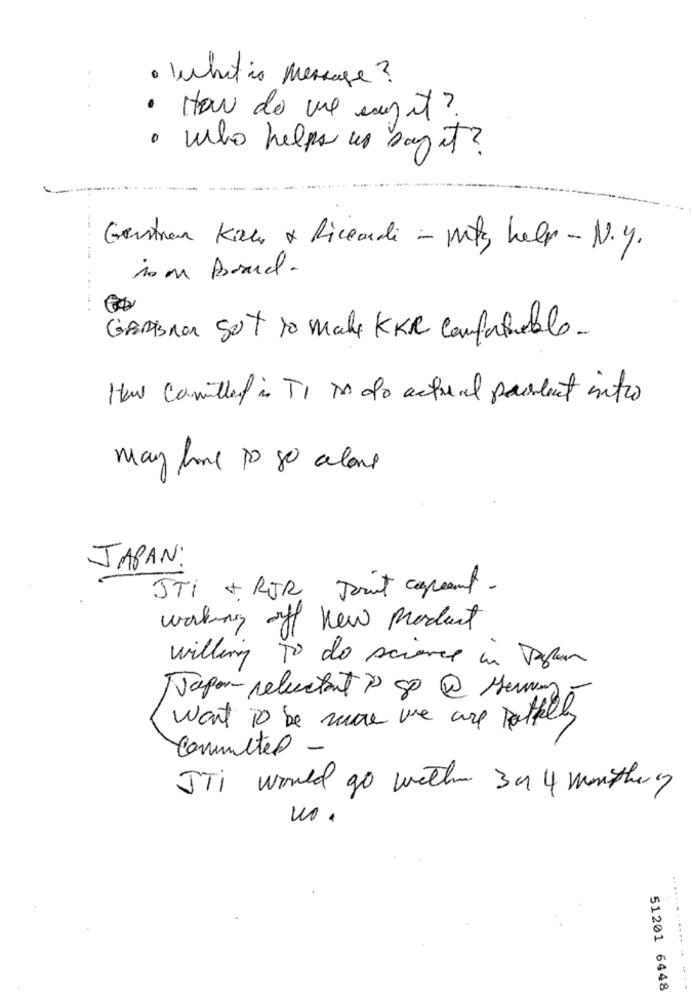
· whatis message?
· How do we say it ?
· nebo helps us saget?
Genstran Kal & Riccardi - mots help - N.y.
.....
GAMESNON Set to make KKR confortable-
How Canitled in T1 Do do actual parlent intro
may have to go alone
JAPAN:
STI + RJR Don't careand.
working off new product
willing To do science in Japan
Japon-reluctant is 80@ Memory
want To be sure we are patkelly
commeter -
JTi would go withen 39 4 monthere
no.
51201 6448